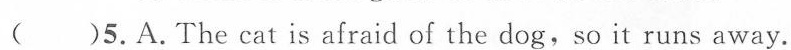
( )5.A.The cat is afraid of the dog,so it runs away.